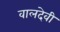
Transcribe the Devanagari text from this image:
वालदेवी